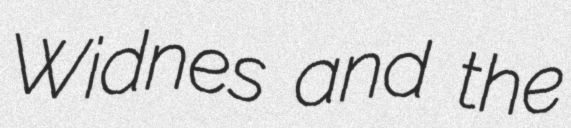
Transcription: Widnes and the